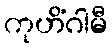
ကုဟိံဂါမီ